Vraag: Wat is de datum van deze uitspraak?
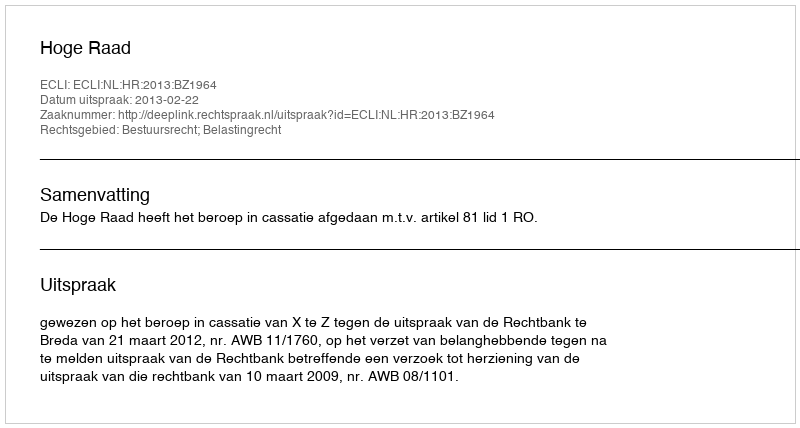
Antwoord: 2013-02-22